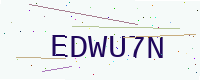
Text: EDWU7N